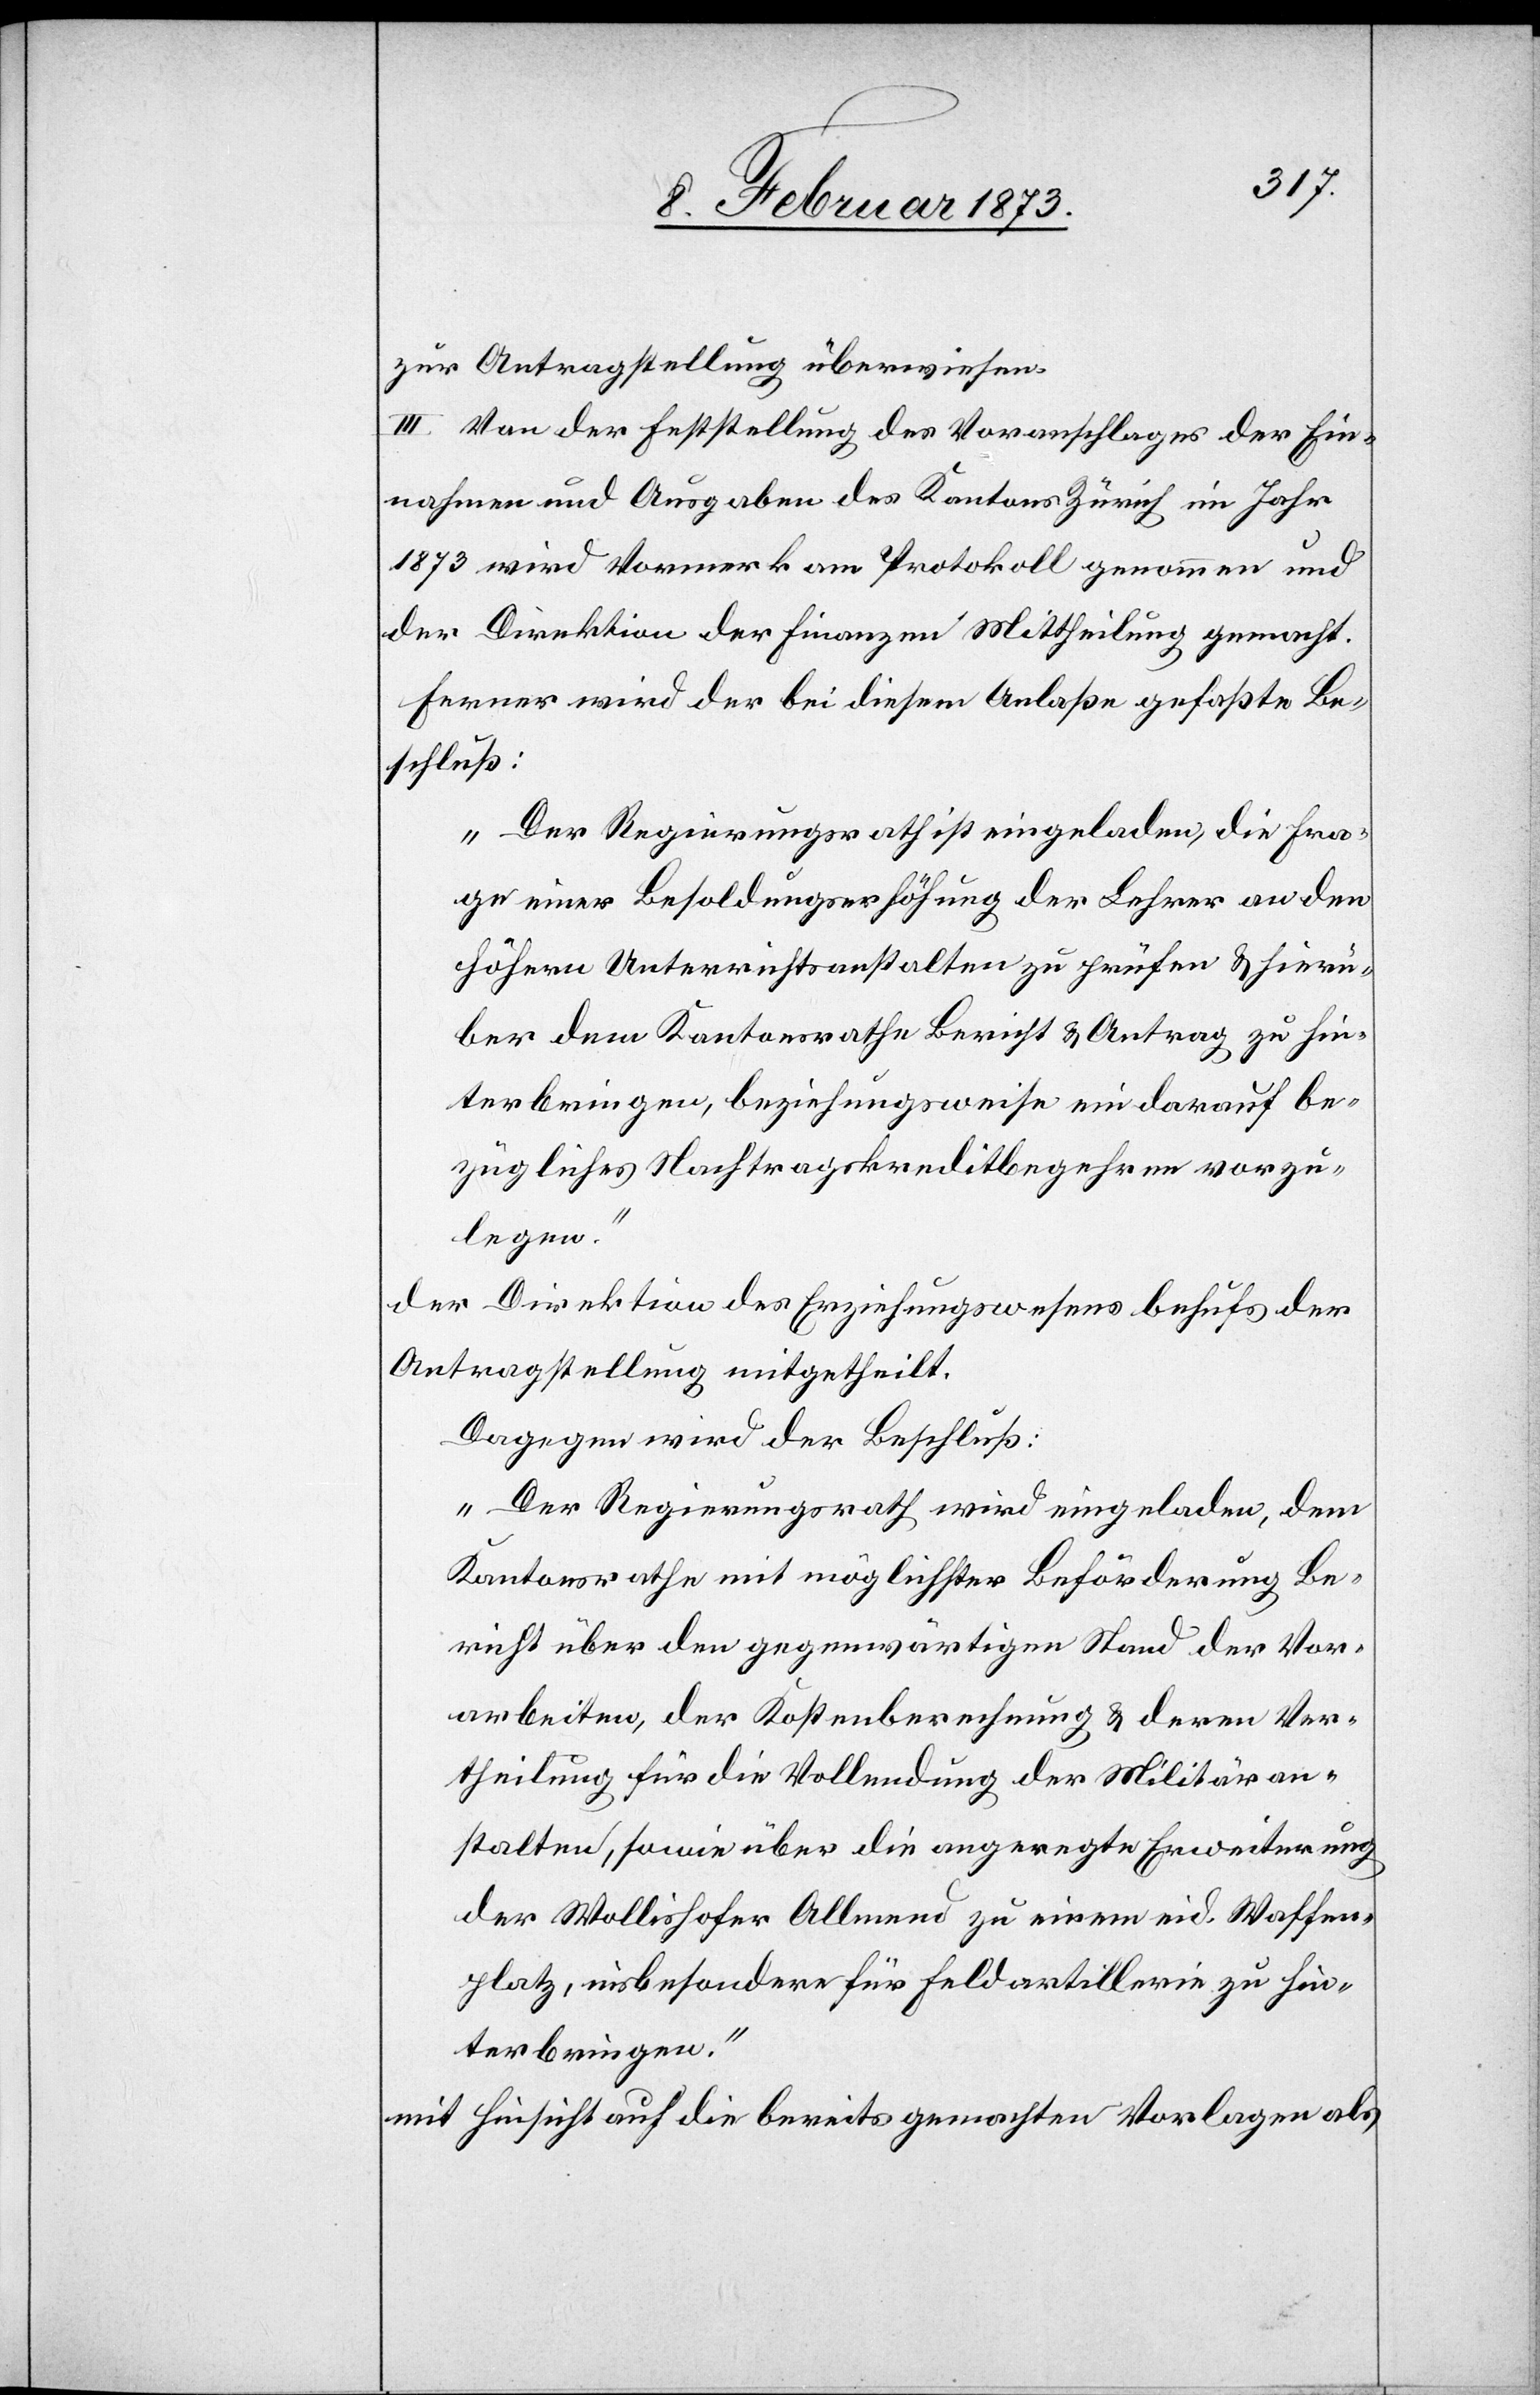
zur Antragstellung überwiesen.
III. Von der Feststellung des Voranschlages der Ein¬
nahmen und Ausgaben des Kantons Zürich im Jahr
1873 wird Vormerk am Protokoll genommen und
der Direktion der Finanzen Mittheilung gemacht.
Ferner wird der bei diesem Anlaße gefaßte Be¬
schluß:
„Der Regierungsrath ist eingeladen, die Fra¬
ge einer Besoldungserhöhung der Lehrer an den
höhern Unterrichtsanstalten zu prüfen u. hierü¬
ber dem Kantonsrathe Bericht u. Antrag zu hin¬
terbringen, beziehungsweise ein darauf be¬
zügliches Nachtragskreditbegehren vorzu¬
legen.“
der Direktion des Erziehungswesens behufs der
Antragstellung mitgetheilt.
Dagegen wird der Beschluß:
„Der Regierungsrath wird eingeladen, dem
Kantonsrathe mit möglichster Beförderung Be¬
richt über den gegenwärtigen Stand der Vor¬
arbeiten, der Kostenberechnung u. deren Ver¬
theilung für die Vollendung der Militäran¬
stalten, sowie über die angeregte Erweiterung
der Wollishofer Allmend zu einem eid. Waffen¬
platz, insbesondere für Feldartillerie zu hin¬
terbringen.“
mit Hinsicht auf die bereits gemachten Vorlagen als